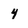
Character: 4